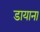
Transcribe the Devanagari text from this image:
डायाना